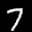
Label: 7